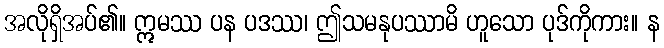
အလိုရှိအပ်၏။ ဣမဿ ပန ပဒဿ၊ ဤသမနုပဿာမိ ဟူသော ပုဒ်ကိုကား။ န